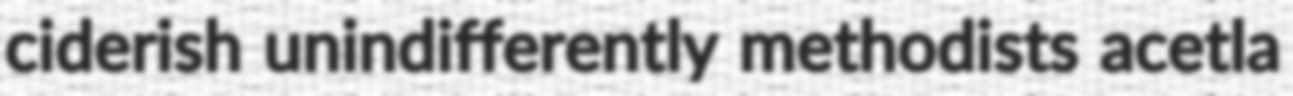
ciderish unindifferently methodists acetla